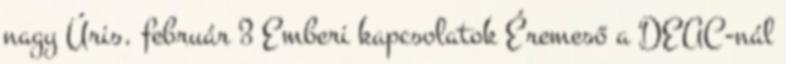
nagy Úris. február 3 Emberi kapcsolatok Éremeső a DEAC-nál